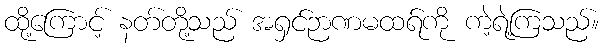
ထို့ကြောင့် နတ်တို့သည် အရှင်ဉာဏမထရ်ကို ကဲ့ရဲ့ကြသည်။